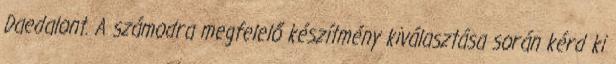
Daedalont. A számodra megfelelő készítmény kiválasztása során kérd ki